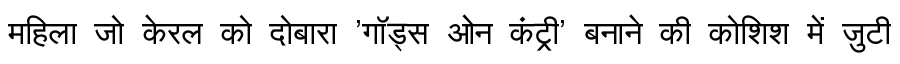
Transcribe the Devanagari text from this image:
महिला जो केरल को दोबारा 'गॉड्स ओन कंट्री' बनाने की कोशिश में जुटी